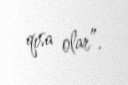
qısa olar”.